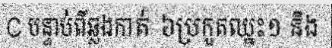
C បន្ទាប់ពីឆ្លងកាត់ ៦ប្រកួតឈ្នះ១ និង